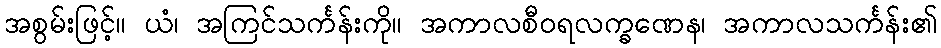
အစွမ်းဖြင့်။ ယံ၊ အကြင်သင်္ကန်းကို။ အကာလစီဝရလက္ခဏေန၊ အကာလသင်္ကန်း၏